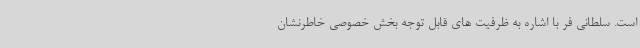
است. سلطانی فر با اشاره به ظرفیت های قابل توجه بخش خصوصی خاطرنشان